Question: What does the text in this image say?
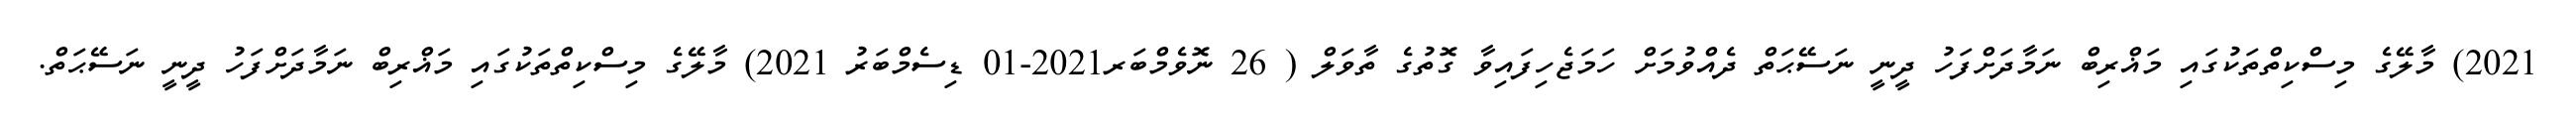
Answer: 2021) މާލޭގެ މިސްކިތްތަކުގައި މަޣްރިބް ނަމާދަށްފަހު ދީނީ ނަސޭޙަތް ދެއްވުމަށް ހަމަޖެހިފައިވާ ގޮތުގެ ތާވަލް ( 26 ނޮވެމްބަރ2021-01 ޑިސެމްބަރު 2021) މާލޭގެ މިސްކިތްތަކުގައި މަޣްރިބް ނަމާދަށްފަހު ދީނީ ނަސޭޙަތް.